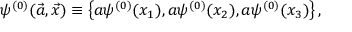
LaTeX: \psi ^ { ( 0 ) } ( \vec { a } , \vec { x } ) \equiv \left\{ a \psi ^ { ( 0 ) } ( x _ { 1 } ) , a \psi ^ { ( 0 ) } ( x _ { 2 } ) , a \psi ^ { ( 0 ) } ( x _ { 3 } ) \right\} ,